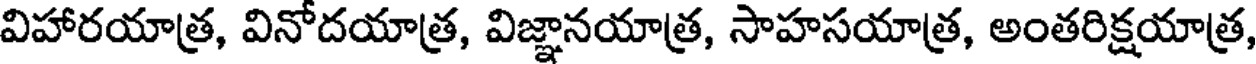
విహారయాత్ర, వినోదయాత్ర, విజ్ఞానయాత్ర, సాహసయాత్ర, అంతరిక్షయాత్ర,